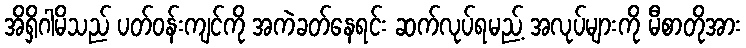
အိရှိဂါမိသည် ပတ်ဝန်းကျင်ကို အကဲခတ်နေရင်း ဆက်လုပ်ရမည့် အလုပ်များကို မီစာတိုအား